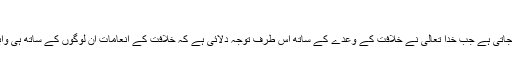
مطبوعہ ربوہ)
اور اس زمانے میں قیامِ نماز کی اہمیت اور بھی بڑھ جاتی ہے جب خدا تعالیٰ نے خلافت کے وعدے کے ساتھ اس طرف توجہ دلائی ہے کہ خلافت کے انعامات اُن لوگوں کے ساتھ ہی وابستہ ہیں جو نماز کے قیام کی طرف نظر رکھیں گے۔